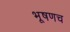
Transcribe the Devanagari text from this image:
भूषणच